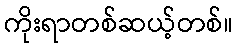
ကိုးရာတစ်ဆယ့်တစ်။